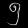
Digit: ၅